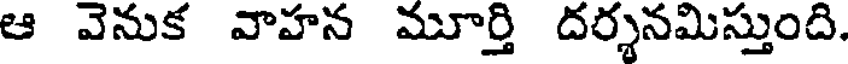
ఆ వెనుక వాహన మూర్తి దర్శనమిస్తుంది.